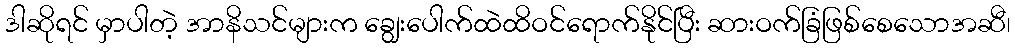
ဒါဆိုရင် မှာပါတဲ့ အာနိသင်များက ချွေးပေါက်ထဲထိဝင်ရောက်နိုင်ပြီး ဆားဝက်ခြံဖြစ်စေသောအဆီ၊